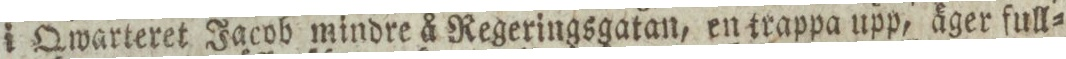
i Qwarteret Jacob mindre å Regeringsgatan, en trappa upp, äger full=